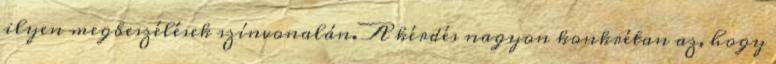
ilyen megbeszélések színvonalán. A kérdés nagyon konkrétan az, hogy